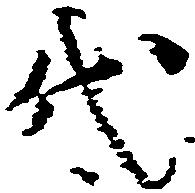
代